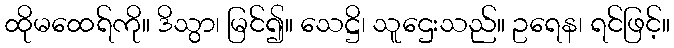
ထိုမထေရ်ကို။ ဒိသွာ၊ မြင်၍။ သေဋ္ဌိ၊ သူဌေးသည်။ ဥရေန၊ ရင်ဖြင့်။